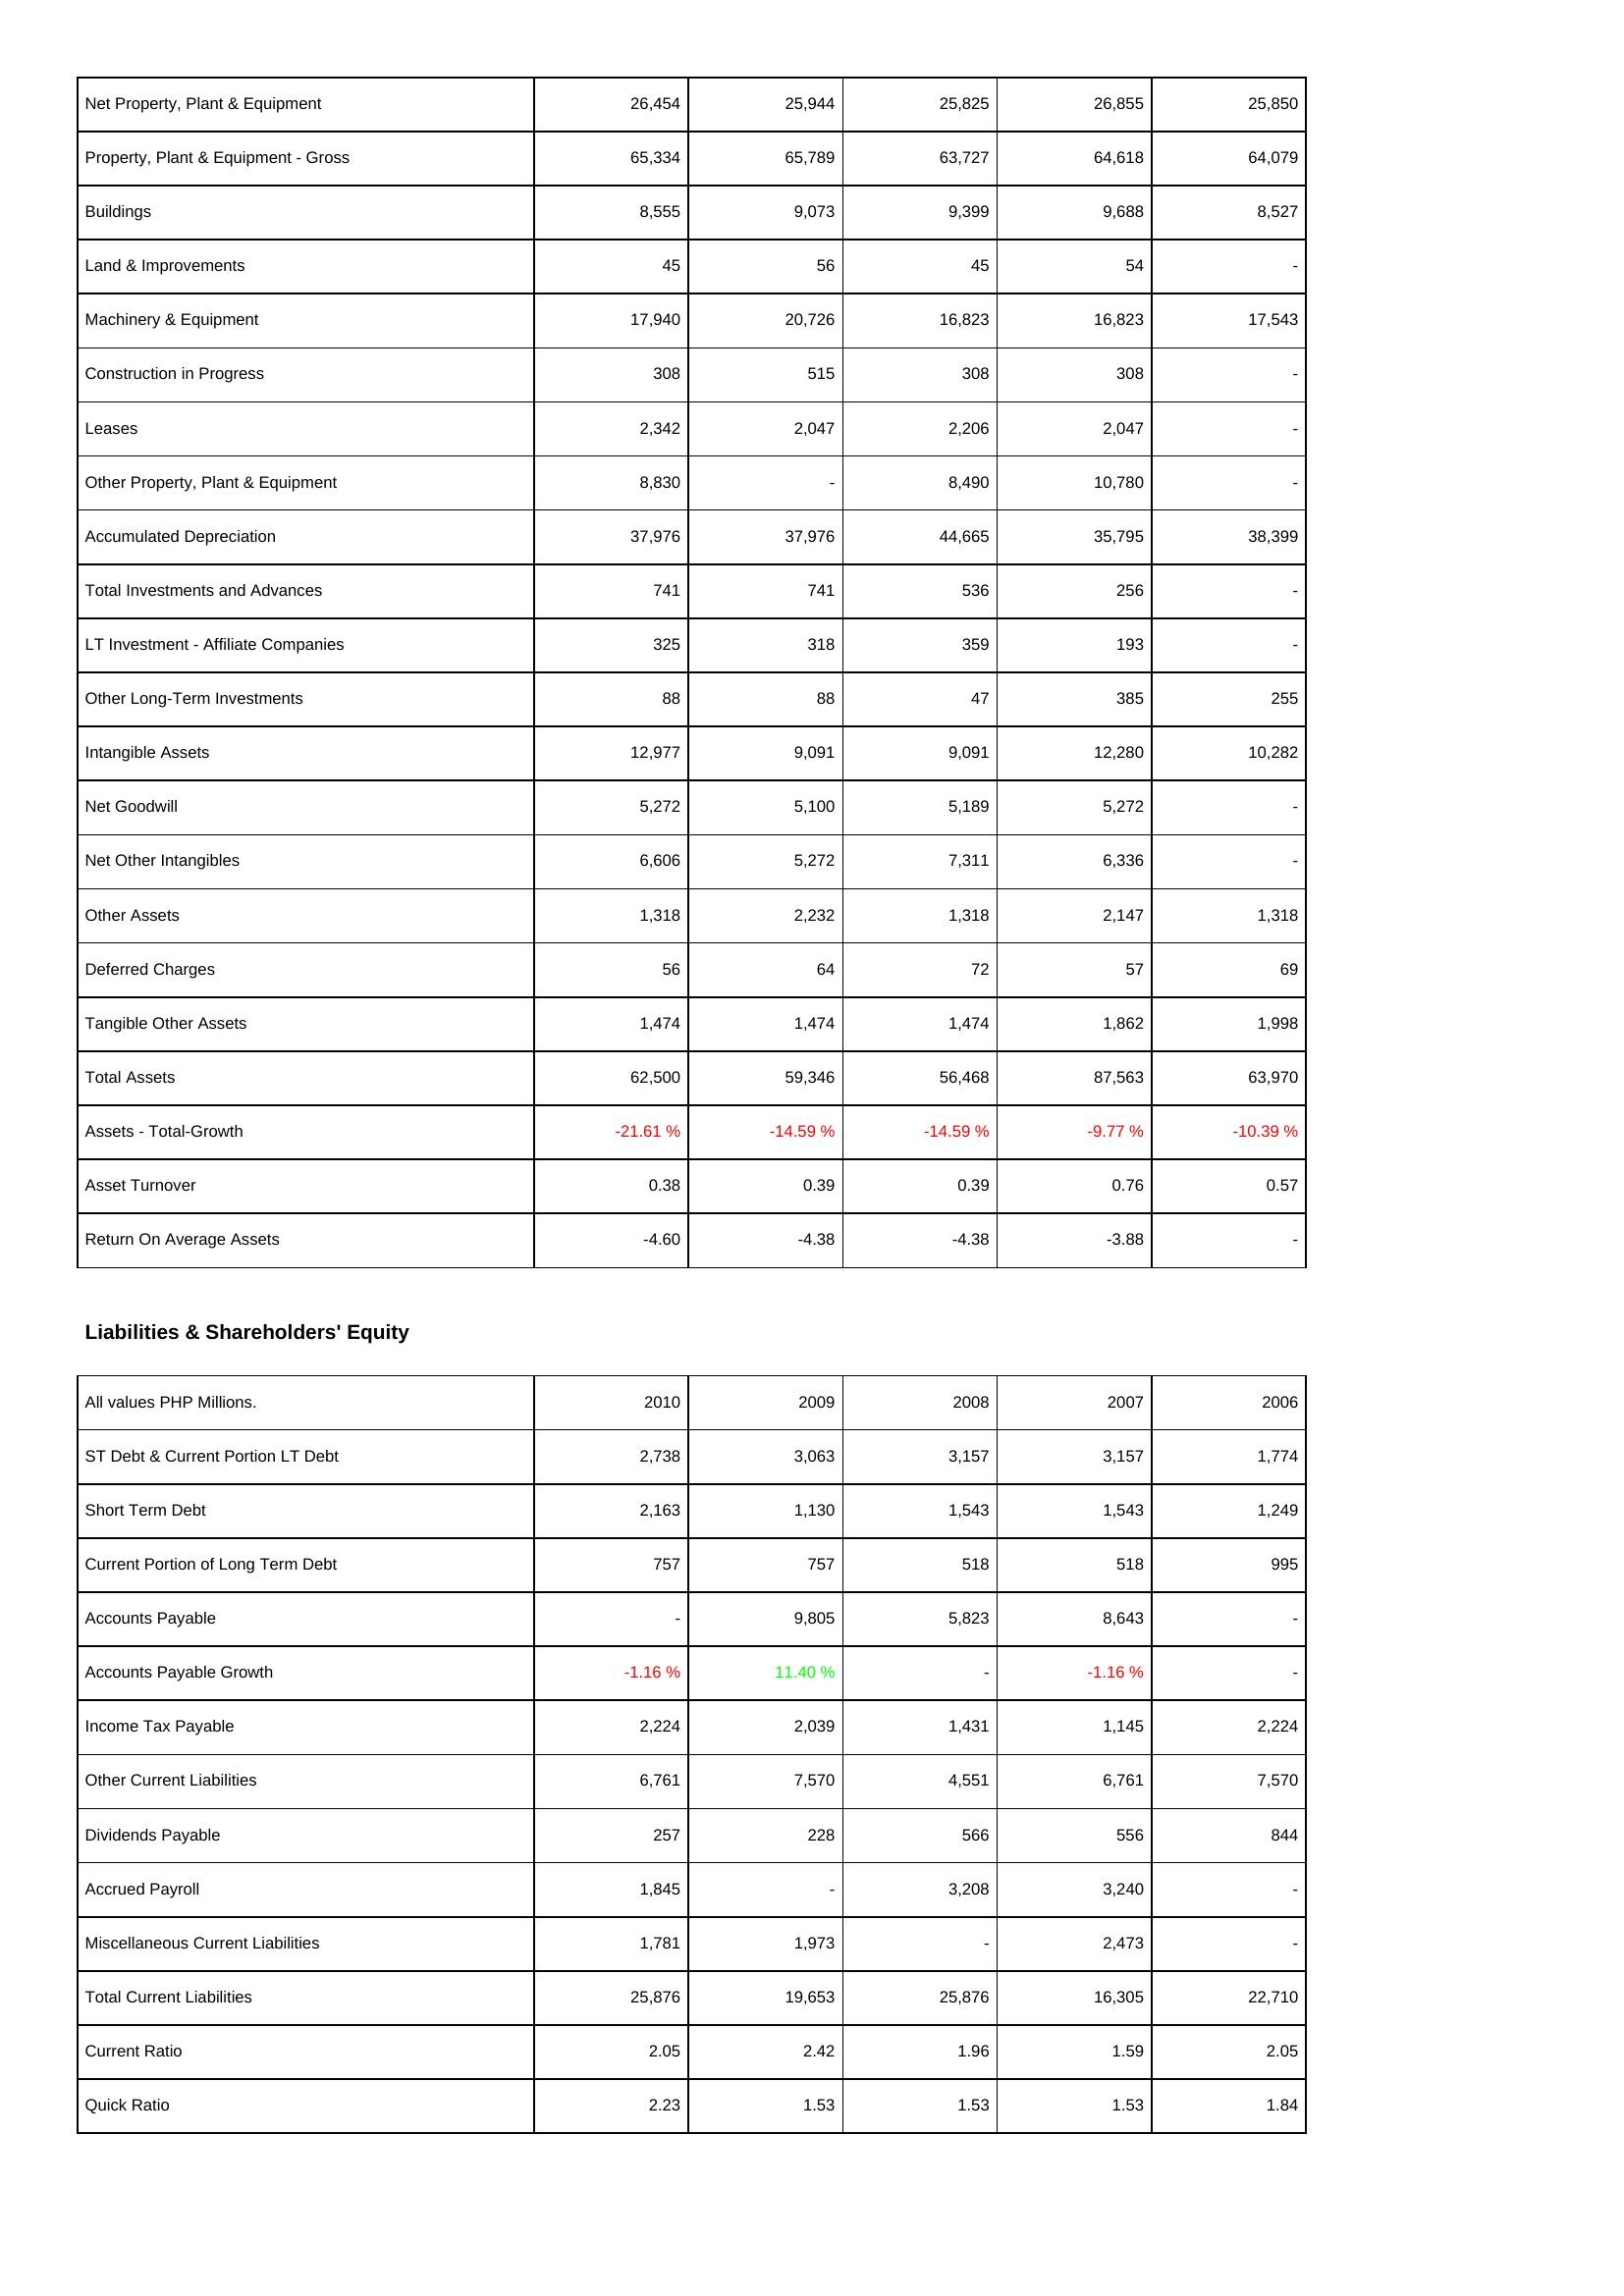
2010: Assets: Net Property, Plant & Equipment: 26,454
Property, Plant & Equipment - Gross: 65,334
Buildings: 8,555
Land & Improvements: 45
Machinery & Equipment: 17,940
Construction in Progress: 308
Leases: 2,342
Other Property, Plant & Equipment: 8,830
Accumulated Depreciation: 37,976
Total Investments and Advances: 741
LT Investment - Affiliate Companies: 325
Other Long-Term Investments: 88
Intangible Assets: 12,977
Net Goodwill: 5,272
Net Other Intangibles: 6,606
Other Assets: 1,318
Deferred Charges: 56
Tangible Other Assets: 1,474
Total Assets: 62,500
Assets - Total-Growth: -21.61 %
Asset Turnover: 0.38
Return On Average Assets: -4.60
Liabilities & Shareholders' Equity: ST Debt & Current Portion LT Debt: 2,738
Short Term Debt: 2,163
Current Portion of Long Term Debt: 757
Accounts Payable: -
Accounts Payable Growth: -1.16 %
Income Tax Payable: 2,224
Other Current Liabilities: 6,761
Dividends Payable: 257
Accrued Payroll: 1,845
Miscellaneous Current Liabilities: 1,781
Total Current Liabilities: 25,876
Current Ratio: 2.05
Quick Ratio: 2.23
2009: Assets: Net Property, Plant & Equipment: 25,944
Property, Plant & Equipment - Gross: 65,789
Buildings: 9,073
Land & Improvements: 56
Machinery & Equipment: 20,726
Construction in Progress: 515
Leases: 2,047
Other Property, Plant & Equipment: -
Accumulated Depreciation: 37,976
Total Investments and Advances: 741
LT Investment - Affiliate Companies: 318
Other Long-Term Investments: 88
Intangible Assets: 9,091
Net Goodwill: 5,100
Net Other Intangibles: 5,272
Other Assets: 2,232
Deferred Charges: 64
Tangible Other Assets: 1,474
Total Assets: 59,346
Assets - Total-Growth: -14.59 %
Asset Turnover: 0.39
Return On Average Assets: -4.38
Liabilities & Shareholders' Equity: ST Debt & Current Portion LT Debt: 3,063
Short Term Debt: 1,130
Current Portion of Long Term Debt: 757
Accounts Payable: 9,805
Accounts Payable Growth: 11.40 %
Income Tax Payable: 2,039
Other Current Liabilities: 7,570
Dividends Payable: 228
Accrued Payroll: -
Miscellaneous Current Liabilities: 1,973
Total Current Liabilities: 19,653
Current Ratio: 2.42
Quick Ratio: 1.53
2008: Assets: Net Property, Plant & Equipment: 25,825
Property, Plant & Equipment - Gross: 63,727
Buildings: 9,399
Land & Improvements: 45
Machinery & Equipment: 16,823
Construction in Progress: 308
Leases: 2,206
Other Property, Plant & Equipment: 8,490
Accumulated Depreciation: 44,665
Total Investments and Advances: 536
LT Investment - Affiliate Companies: 359
Other Long-Term Investments: 47
Intangible Assets: 9,091
Net Goodwill: 5,189
Net Other Intangibles: 7,311
Other Assets: 1,318
Deferred Charges: 72
Tangible Other Assets: 1,474
Total Assets: 56,468
Assets - Total-Growth: -14.59 %
Asset Turnover: 0.39
Return On Average Assets: -4.38
Liabilities & Shareholders' Equity: ST Debt & Current Portion LT Debt: 3,157
Short Term Debt: 1,543
Current Portion of Long Term Debt: 518
Accounts Payable: 5,823
Accounts Payable Growth: -
Income Tax Payable: 1,431
Other Current Liabilities: 4,551
Dividends Payable: 566
Accrued Payroll: 3,208
Miscellaneous Current Liabilities: -
Total Current Liabilities: 25,876
Current Ratio: 1.96
Quick Ratio: 1.53
2007: Assets: Net Property, Plant & Equipment: 26,855
Property, Plant & Equipment - Gross: 64,618
Buildings: 9,688
Land & Improvements: 54
Machinery & Equipment: 16,823
Construction in Progress: 308
Leases: 2,047
Other Property, Plant & Equipment: 10,780
Accumulated Depreciation: 35,795
Total Investments and Advances: 256
LT Investment - Affiliate Companies: 193
Other Long-Term Investments: 385
Intangible Assets: 12,280
Net Goodwill: 5,272
Net Other Intangibles: 6,336
Other Assets: 2,147
Deferred Charges: 57
Tangible Other Assets: 1,862
Total Assets: 87,563
Assets - Total-Growth: -9.77 %
Asset Turnover: 0.76
Return On Average Assets: -3.88
Liabilities & Shareholders' Equity: ST Debt & Current Portion LT Debt: 3,157
Short Term Debt: 1,543
Current Portion of Long Term Debt: 518
Accounts Payable: 8,643
Accounts Payable Growth: -1.16 %
Income Tax Payable: 1,145
Other Current Liabilities: 6,761
Dividends Payable: 556
Accrued Payroll: 3,240
Miscellaneous Current Liabilities: 2,473
Total Current Liabilities: 16,305
Current Ratio: 1.59
Quick Ratio: 1.53
2006: Assets: Net Property, Plant & Equipment: 25,850
Property, Plant & Equipment - Gross: 64,079
Buildings: 8,527
Land & Improvements: -
Machinery & Equipment: 17,543
Construction in Progress: -
Leases: -
Other Property, Plant & Equipment: -
Accumulated Depreciation: 38,399
Total Investments and Advances: -
LT Investment - Affiliate Companies: -
Other Long-Term Investments: 255
Intangible Assets: 10,282
Net Goodwill: -
Net Other Intangibles: -
Other Assets: 1,318
Deferred Charges: 69
Tangible Other Assets: 1,998
Total Assets: 63,970
Assets - Total-Growth: -10.39 %
Asset Turnover: 0.57
Return On Average Assets: -
Liabilities & Shareholders' Equity: ST Debt & Current Portion LT Debt: 1,774
Short Term Debt: 1,249
Current Portion of Long Term Debt: 995
Accounts Payable: -
Accounts Payable Growth: -
Income Tax Payable: 2,224
Other Current Liabilities: 7,570
Dividends Payable: 844
Accrued Payroll: -
Miscellaneous Current Liabilities: -
Total Current Liabilities: 22,710
Current Ratio: 2.05
Quick Ratio: 1.84